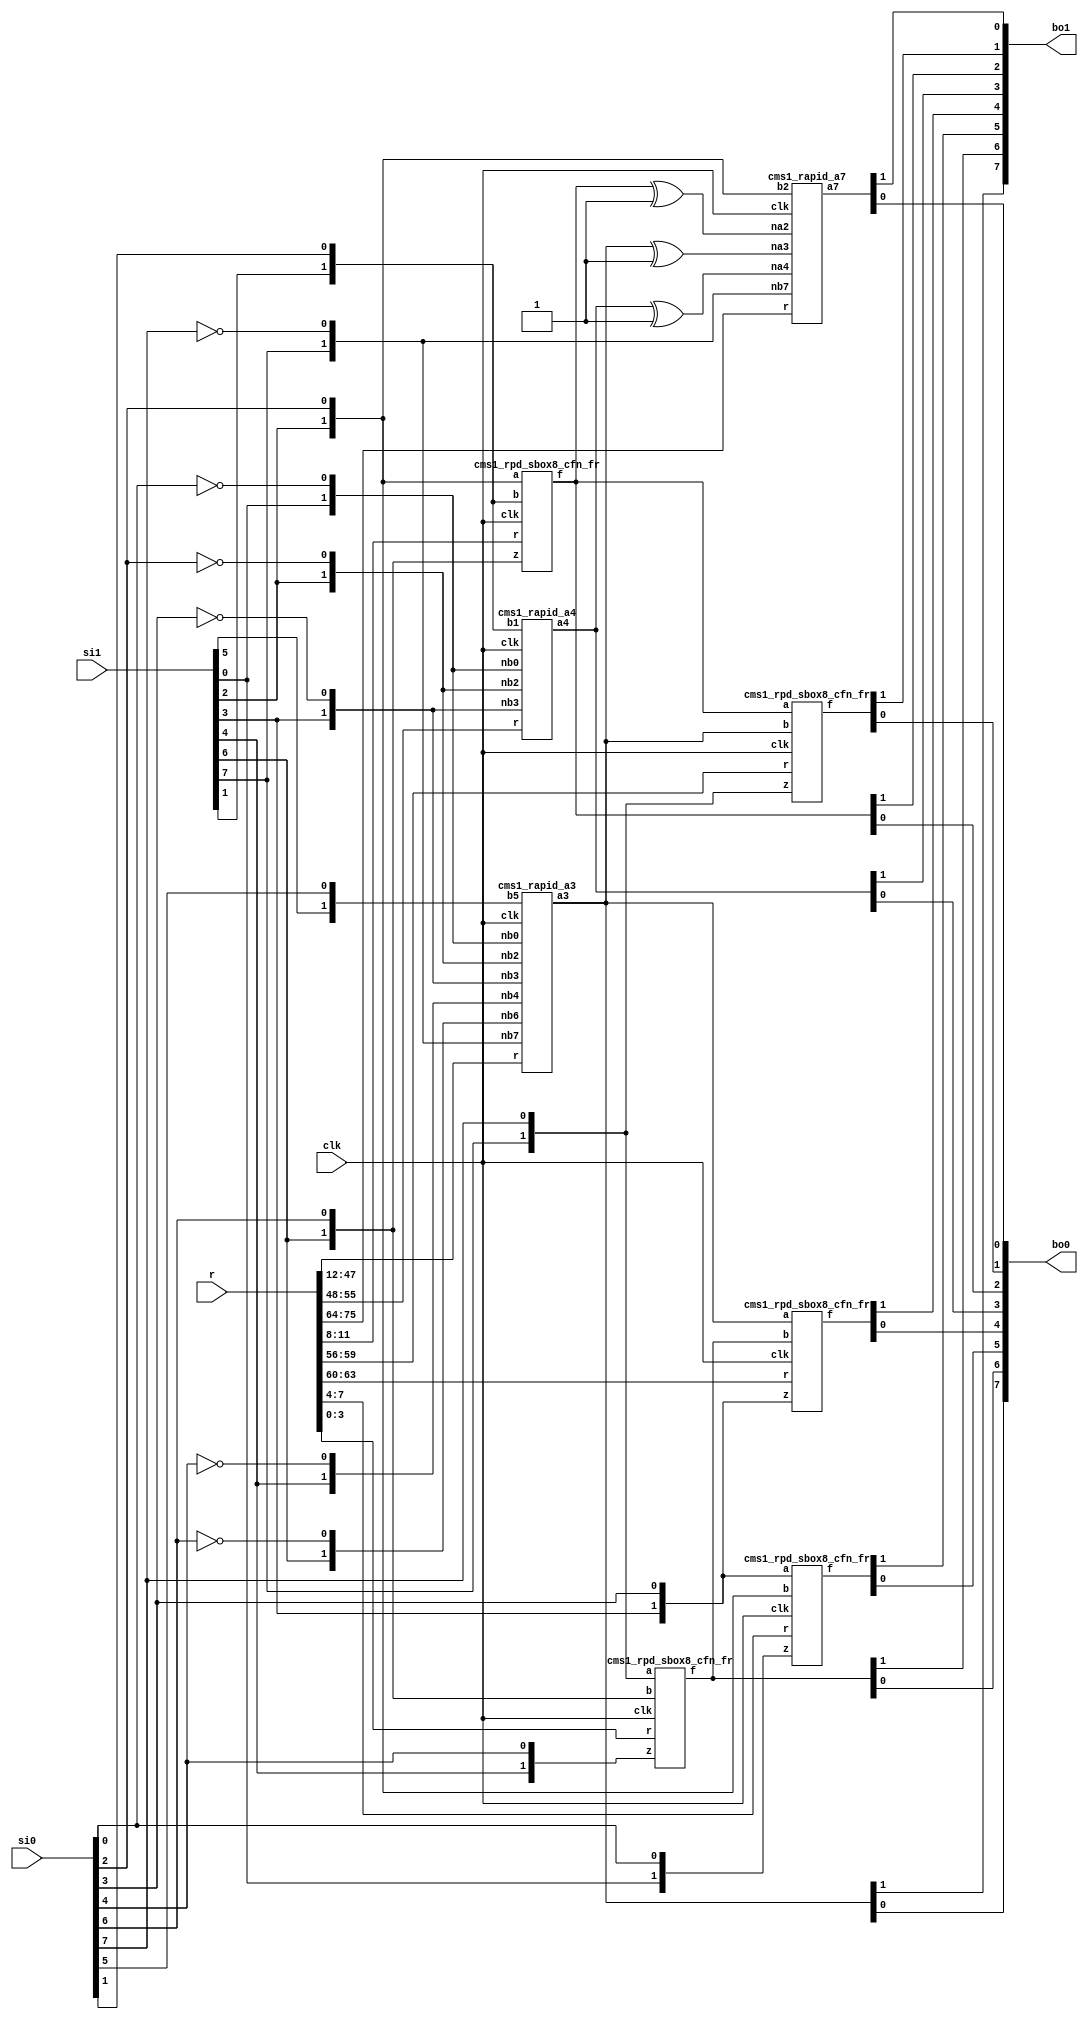
/*
 Designer: Mustafa Khairallah
 Nanyang Technological University
 Singapore
 Date: July, 2021
 */


module skinny_sbox8_cms1_rapid_non_pipelined (/*AUTOARG*/
   // Outputs
   bo1, bo0,
   // Inputs
   si0, si1, r, clk
   ) ;
   (*equivalent_register_removal = "no" *)output [7:0] bo1;
   (*equivalent_register_removal = "no" *)output [7:0] bo0;

   (*equivalent_register_removal = "no" *)input [7:0]  si0, si1;
   (*equivalent_register_removal = "no" *)input [75:0] r;
   (*equivalent_register_removal = "no" *)input        clk;

   wire [1:0]   bi7;
   wire [1:0]   bi6;
   wire [1:0]   bi5;
   wire [1:0]   bi4;
   wire [1:0]   bi3;
   wire [1:0]   bi2;
   wire [1:0]   bi1;
   wire [1:0]   bi0;
   
   wire [1:0] 	nbi7;
   wire [1:0]   nbi6;
   wire [1:0]   nbi5;
   wire [1:0]   nbi4;
   wire [1:0]   nbi3;
   wire [1:0]   nbi2;
   wire [1:0]   nbi1;
   wire [1:0]   nbi0;   

   wire [1:0]   a7;
   wire [1:0]   a6;
   wire [1:0]   a5;
   wire [1:0]   a4;
   wire [1:0]   a3;
   wire [1:0]   a2;
   wire [1:0]   a1;
   wire [1:0]   a0;

   wire [1:0]   na4;
   wire [1:0]   na3;
   wire [1:0]   na2;

   assign bi0 = {si1[0],si0[0]};
   assign bi1 = {si1[1],si0[1]};
   assign bi2 = {si1[2],si0[2]};
   assign bi3 = {si1[3],si0[3]};
   assign bi4 = {si1[4],si0[4]};
   assign bi5 = {si1[5],si0[5]};
   assign bi6 = {si1[6],si0[6]};
   assign bi7 = {si1[7],si0[7]};

   assign nbi0 = {si1[0],~si0[0]};
   assign nbi1 = {si1[1],~si0[1]};
   assign nbi2 = {si1[2],~si0[2]};
   assign nbi3 = {si1[3],~si0[3]};
   assign nbi4 = {si1[4],~si0[4]};
   assign nbi5 = {si1[5],~si0[5]};
   assign nbi6 = {si1[6],~si0[6]};
   assign nbi7 = {si1[7],~si0[7]};

   assign na4 = a4 ^ 2'b01;
   assign na3 = a3 ^ 2'b01;
   assign na2 = a2 ^ 2'b01;

   (*equivalent_register_removal = "no" *)cms1_rpd_sbox8_cfn_fr b764 (a0,bi7,bi6,bi4,r[3:0],clk);
   (*equivalent_register_removal = "no" *)cms1_rpd_sbox8_cfn_fr b320 (a1,bi3,bi2,bi0,r[7:4],clk);
   (*equivalent_register_removal = "no" *)cms1_rpd_sbox8_cfn_fr b216 (a2,bi2,bi1,bi6,r[11:8],clk);
   (*equivalent_register_removal = "no" *)cms1_rapid_a3 a3_cf (a3,nbi7,nbi6,bi5,nbi4,nbi3,nbi2,nbi0,r[47:12],clk);   
   (*equivalent_register_removal = "no" *)cms1_rapid_a4 a4_cf (a4,nbi3,nbi2,bi1,nbi0,r[55:48],clk);
   
   (*equivalent_register_removal = "no" *)cms1_rpd_sbox8_cfn_fr b237 (a5,a2, a3, bi7,r[59:56],clk);
   (*equivalent_register_removal = "no" *)cms1_rpd_sbox8_cfn_fr b303 (a6,a3, a0, bi3,r[63:60],clk);
   (*equivalent_register_removal = "no" *)cms1_rapid_a7 a7_cf (a7,nbi7,na4,na3,na2,bi2,r[75:64],clk);

   assign {bo1[6],bo0[6]} = a0;
   assign {bo1[5],bo0[5]} = a1;
   assign {bo1[2],bo0[2]} = a2;
   assign {bo1[7],bo0[7]} = a3;
   assign {bo1[3],bo0[3]} = a4;
   assign {bo1[1],bo0[1]} = a5;
   assign {bo1[4],bo0[4]} = a6;
   assign {bo1[0],bo0[0]} = a7;
endmodule // skinny_sbox8_cms1_rapid_non_pipelined

module cms1_rpd_sbox8_cfn_fr (/*AUTOARG*/
   // Outputs
   f,
   // Inputs
   a, b, z, r, clk
   ) ;
   (*equivalent_register_removal = "no" *)output [1:0]        f;
   (*equivalent_register_removal = "no" *)input [1:0]         a, b, z;
   (*equivalent_register_removal = "no" *)input [3:0]	       r;
   (*equivalent_register_removal = "no" *)input 	       clk;

   wire [1:0] 	       x;
   wire [1:0] 	       y;
   
   (*equivalent_register_removal = "no" *)reg [3:0] 	       rg;

   assign x = {a[1],~a[0]};
   assign y = {b[1],~b[0]};
   
   always @ (posedge clk) begin      
      
      rg[0] <= (x[0] & y[0]) ^ r[0] ^ r[1];
      rg[1] <= (x[0] & y[1]) ^ r[1] ^ r[2];
      rg[2] <= (x[1] & y[0]) ^ r[2] ^ r[3];
      rg[3] <= (x[1] & y[1]) ^ r[3] ^ r[0];

   end // always @ (posedge clk)

   assign f[0] = ^rg[1:0] ^ z[0];
   assign f[1] = ^rg[3:2] ^ z[1]; 

endmodule // cms1_sbox8_cfn_fr

// Rapid calculation of a[3].
module cms1_rapid_a3 (/*AUTOARG*/
   // Outputs
   a3,
   // Inputs
   nb7, nb6, b5, nb4, nb3, nb2, nb0, r, clk
   ) ;
   (*equivalent_register_removal = "no" *)output [1:0] a3;
   (*equivalent_register_removal = "no" *)input [1:0] 	nb7, nb6, b5, nb4, nb3, nb2, nb0;
   (*equivalent_register_removal = "no" *)input [35:0] r;   
   (*equivalent_register_removal = "no" *)input 	clk;

   wire [1:0] 	t0;
   wire [1:0] 	t1;
   wire [1:0] 	t2;
   wire [1:0] 	t3;   

   (*equivalent_register_removal = "no" *)and4_cms1 g0 (t0,nb7,nb6,nb3,nb2,r[15: 0],clk);
   (*equivalent_register_removal = "no" *)and3_cms1 g1 (t1,nb7,nb6,nb0,    r[23:16],clk);
   (*equivalent_register_removal = "no" *)and3_cms1 g2 (t2,nb4,nb3,nb2,    r[31:24],clk);
   (*equivalent_register_removal = "no" *)and2_cms1 g3 (t3,nb4,nb0,	    r[35:32],clk);
   
   assign a3 = t0 ^ t1 ^ t2 ^ t3 ^ b5;
   
endmodule // rapid_a3

// Rapid calculation of a[4].
module cms1_rapid_a4 (/*AUTOARG*/
   // Outputs
   a4,
   // Inputs
   nb3, nb2, b1, nb0, r, clk
   ) ;
   output [1:0] a4;
   input [1:0] 	nb3, nb2, b1, nb0;
   input [7:0] 	r;   
   input 	clk;

   wire [1:0] 	t0;
   wire [1:0] 	t1;

   (*equivalent_register_removal = "no" *)and2_cms1 g0 (t0,nb3,nb2,r[3:0],clk);
   (*equivalent_register_removal = "no" *)and2_cms1 g1 (t1,nb0,nb3,r[7:4],clk);
   
   assign a4 = t0 ^ t1 ^ b1;
   
endmodule // rapid_a4

// Rapid calculation of a[7].
module cms1_rapid_a7 (/*AUTOARG*/
   // Outputs
   a7,
   // Inputs
   nb7, na4, na3, na2, b2, r, clk
   ) ;
   output [1:0] a7;
   input [1:0] 	nb7, na4, na3, na2, b2;
   input [11:0] r;   
   input 	clk;

   wire [1:0] 	t0;
   wire [1:0] 	t1;

   (*equivalent_register_removal = "no" *)and3_cms1 g0 (t0,na2,na3,na4,r[ 7:0],clk);
   (*equivalent_register_removal = "no" *)and2_cms1 g1 (t1,nb7,na4,	r[11:8],clk);
   
   assign a7 = t0 ^ t1 ^ b2;
   
endmodule // rapid_a7

// CMS 4-way AND gate (GF(2) multiplier).
module and4_cms1 (/*AUTOARG*/
   // Outputs
   z,
   // Inputs
   a, b, c, d, r, clk
   ) ;   
   output [1:0]  z;
   input [1:0]   a, b, c, d;
   input [15:0] 	 r;
   input         clk;

   (*equivalent_register_removal = "no" *)reg [15:0]    comp;

   always @ (posedge clk) begin
      comp[ 0] <= (a[0] & b[0] & c[0] & d[0]) ^ r[ 0] ^ r[ 1];
      comp[ 1] <= (a[0] & b[0] & c[0] & d[1]) ^ r[ 1] ^ r[ 2];//
      comp[ 2] <= (a[0] & b[0] & c[1] & d[0]) ^ r[ 2] ^ r[ 3];//
      comp[ 3] <= (a[0] & b[0] & c[1] & d[1]) ^ r[ 3] ^ r[ 4];///
      comp[ 4] <= (a[0] & b[1] & c[0] & d[0]) ^ r[ 4] ^ r[ 5];//
      comp[ 5] <= (a[0] & b[1] & c[0] & d[1]) ^ r[ 5] ^ r[ 6];///
      comp[ 6] <= (a[0] & b[1] & c[1] & d[0]) ^ r[ 6] ^ r[ 7];///
      comp[ 7] <= (a[0] & b[1] & c[1] & d[1]) ^ r[ 7] ^ r[ 8];//
      comp[ 8] <= (a[1] & b[0] & c[0] & d[0]) ^ r[ 8] ^ r[ 9];//
      comp[ 9] <= (a[1] & b[0] & c[0] & d[1]) ^ r[ 9] ^ r[10];///
      comp[10] <= (a[1] & b[0] & c[1] & d[0]) ^ r[10] ^ r[11];///
      comp[11] <= (a[1] & b[0] & c[1] & d[1]) ^ r[11] ^ r[12];//
      comp[12] <= (a[1] & b[1] & c[0] & d[0]) ^ r[12] ^ r[13];///
      comp[13] <= (a[1] & b[1] & c[0] & d[1]) ^ r[13] ^ r[14];//
      comp[14] <= (a[1] & b[1] & c[1] & d[0]) ^ r[14] ^ r[15];//
      comp[15] <= (a[1] & b[1] & c[1] & d[1]) ^ r[15] ^ r[ 0];
   end // always @ (posedge clk)
  
   assign z[0] = comp[ 0] ^ comp[ 1] ^ comp[ 2] ^ comp[ 3] ^ 
		 comp[ 4] ^ comp[ 5] ^ comp[ 6] ^ comp[ 7];
   assign z[1] = comp[ 8] ^ comp[ 9] ^ comp[10] ^ comp[11] ^ 
		 comp[12] ^ comp[13] ^ comp[14] ^ comp[15];
   
endmodule // and4_cms1

// CMS 3-way AND gate (GF(2) multiplier).
module and3_cms1 (/*AUTOARG*/
   // Outputs
   z,
   // Inputs
   a, b, c, r, clk
   ) ;   
   output [1:0]  z;   
   input [1:0]   a, b, c;
   input [7:0] 	 r;
   input         clk;

   (*equivalent_register_removal = "no" *)reg [7:0]    comp;

   always @ (posedge clk) begin
      comp[0] <= (a[0] & b[0] & c[0]) ^ r[0] ^ r[1];
      comp[1] <= (a[0] & b[0] & c[1]) ^ r[1] ^ r[2];//
      comp[2] <= (a[0] & b[1] & c[0]) ^ r[2] ^ r[3];//
      comp[3] <= (a[0] & b[1] & c[1]) ^ r[3] ^ r[4];//
      comp[4] <= (a[1] & b[0] & c[0]) ^ r[4] ^ r[5];//
      comp[5] <= (a[1] & b[0] & c[1]) ^ r[5] ^ r[6];//
      comp[6] <= (a[1] & b[1] & c[0]) ^ r[6] ^ r[7];//
      comp[7] <= (a[1] & b[1] & c[1]) ^ r[7] ^ r[0];
   end // always @ (posedge clk)
  
   assign z[0] = comp[0] ^ comp[1] ^ comp[2] ^ comp[3];   
   assign z[1] = comp[4] ^ comp[5] ^ comp[6] ^ comp[7];
   
endmodule // and3_cms1

// CMS 2-way AND gate (GF(2) multiplier).
module and2_cms1 (/*AUTOARG*/
   // Outputs
   z,
   // Inputs
   a, b, r, clk
   ) ;   
   output [1:0]  z;
   input [1:0]   a, b;
   input [3:0]	 r;
   input         clk;

   (*equivalent_register_removal = "no" *)reg [3:0]    comp;

   always @ (posedge clk) begin
      comp[0] <= (a[0] & b[0]) ^ r[0] ^ r[1];
      comp[1] <= (a[0] & b[1]) ^ r[1] ^ r[2];//
      comp[2] <= (a[1] & b[0]) ^ r[2] ^ r[3];//
      comp[3] <= (a[1] & b[1]) ^ r[3] ^ r[0];
   end // always @ (posedge clk)
  
   assign z[0] = comp[0] ^ comp[1]; 
   assign z[1] = comp[2] ^ comp[3];
   
endmodule // and2_cms1